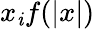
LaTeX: x_{\mathit{i}}f(|x|)